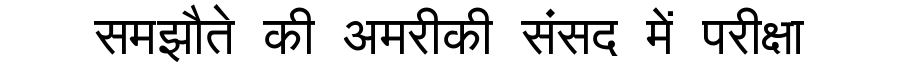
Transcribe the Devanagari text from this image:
समझौते की अमरीकी संसद में परीक्षा